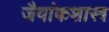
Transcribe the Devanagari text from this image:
जैवांकशास्त्र